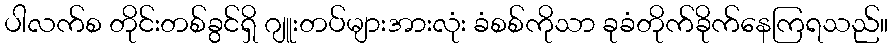
ပါလက်စ တိုင်းတစ်ခွင်ရှိ ဂျူးတပ်များအားလုံး ခံစစ်ကိုသာ ခုခံတိုက်ခိုက်နေကြရသည်။